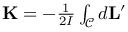
\begin{array} { r } { \mathbf { K } = - \frac { 1 } { 2 I } \int _ { \mathcal { C } } d \mathbf { L } ^ { \prime } } \end{array}